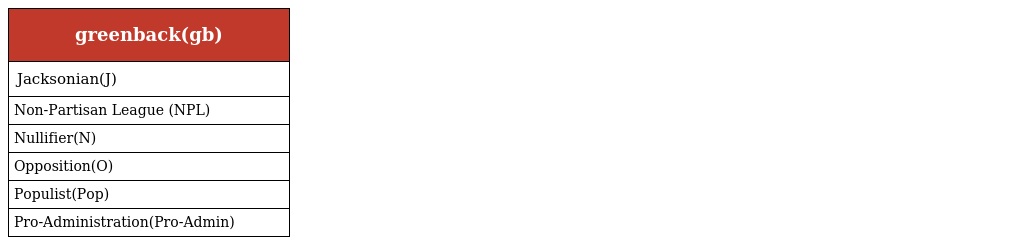
| greenback(gb) |
 | --- |
 | Jacksonian(J) |
 | Non-Partisan League (NPL) |
 | Nullifier(N) |
 | Opposition(O) |
 | Populist(Pop) |
 | Pro-Administration(Pro-Admin) |